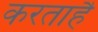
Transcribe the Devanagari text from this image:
करताहै